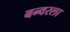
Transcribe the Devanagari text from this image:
बन्वरला